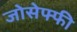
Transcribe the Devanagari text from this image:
जोसेफ्फी